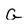
Character: G